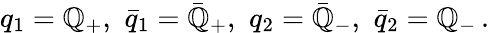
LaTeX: q_{1}=\mathbb{Q}_{+},\, \, \bar{{q}}_{1}=\bar{{\mathbb{Q}}}_{+},\, \, q_{2}=\bar{{\mathbb{Q}}}_{-},\, \, \bar{{q}}_{2}=\mathbb{Q}_{-}\, .